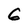
Character: G